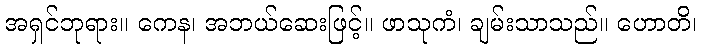
အရှင်ဘုရား။ ကေန၊ အဘယ်ဆေးဖြင့်။ ဖာသုကံ၊ ချမ်းသာသည်။ ဟောတိ၊